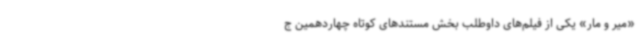
«میر و مار» یکی از فیلم‌های داوطلب بخش مستندهای کوتاه چهاردهمین ج